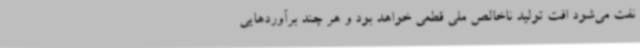
نفت می‌شود افت تولید ناخالص ملی قطعی خواهد بود و هر چند برآوردهایی